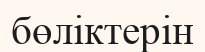
бөліктерін